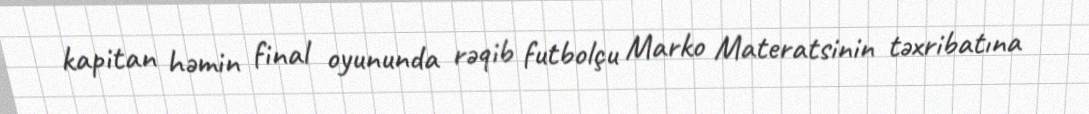
kapitan həmin final oyununda rəqib futbolçu Marko Materatsinin təxribatına